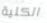
الكلية